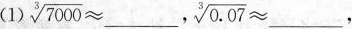
(1)$$\sqrt [ 3 ] { 7 0 0 0 } ≈$$___,$$\sqrt [ 3 ] { 0 . 0 7 } ≈$$___，